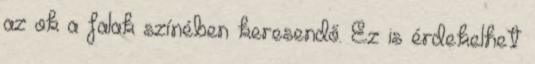
az ok a falak színében keresendő. Ez is érdekelhet